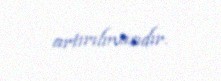
artırılmasıdır.